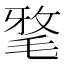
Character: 𣮖